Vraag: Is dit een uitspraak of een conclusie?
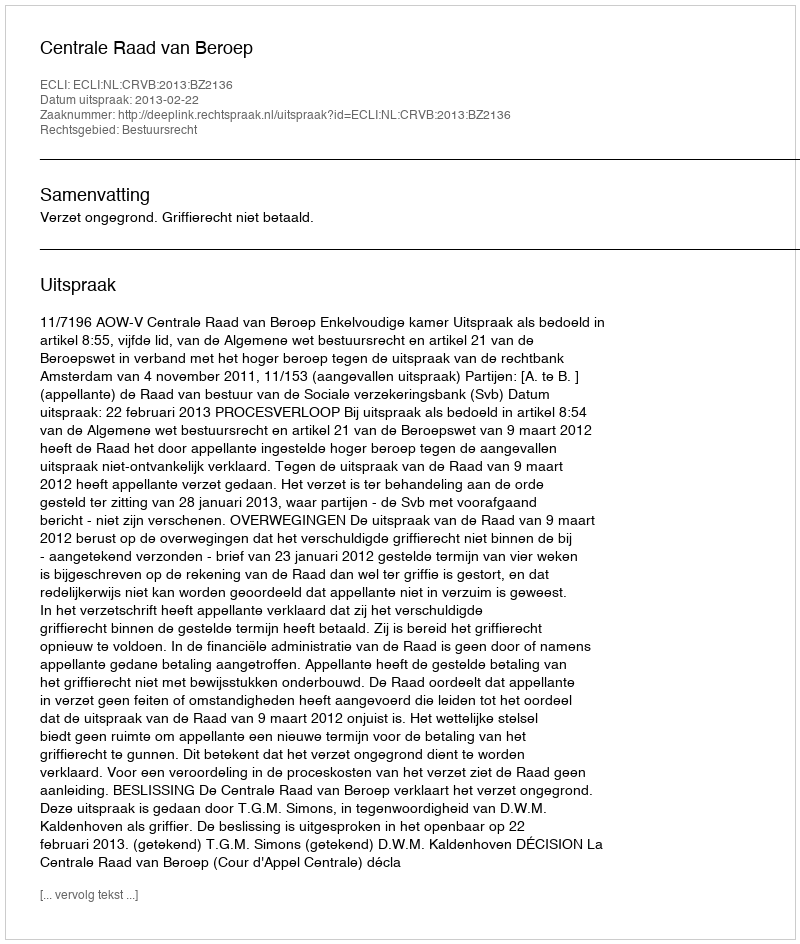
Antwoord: Uitspraak